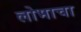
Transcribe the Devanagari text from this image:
लोभाचा